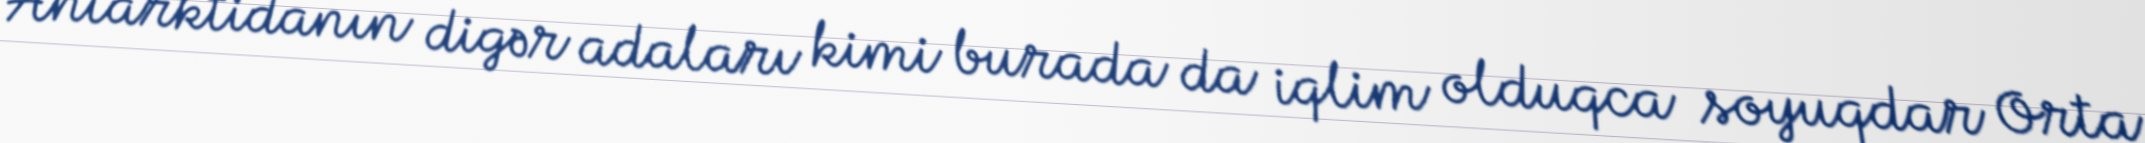
Antarktidanın digər adaları kimi burada da iqlim olduqca soyuqdar Orta